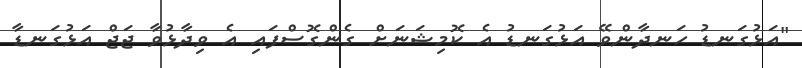
"އަޅުގަނޑު ހަނދާންވޭ އަޅުގަނޑު އެ ކޮމިޝަނަށް ގެންގޮސްފައި އެ ވިދާޅުވާ ޖަޖް އަޅުގަނޑާ